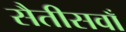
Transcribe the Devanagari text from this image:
सैतीसवाँ